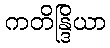
ကတိန္ဒြိယာ